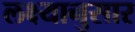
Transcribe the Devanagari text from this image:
लक्ष्यानुसार